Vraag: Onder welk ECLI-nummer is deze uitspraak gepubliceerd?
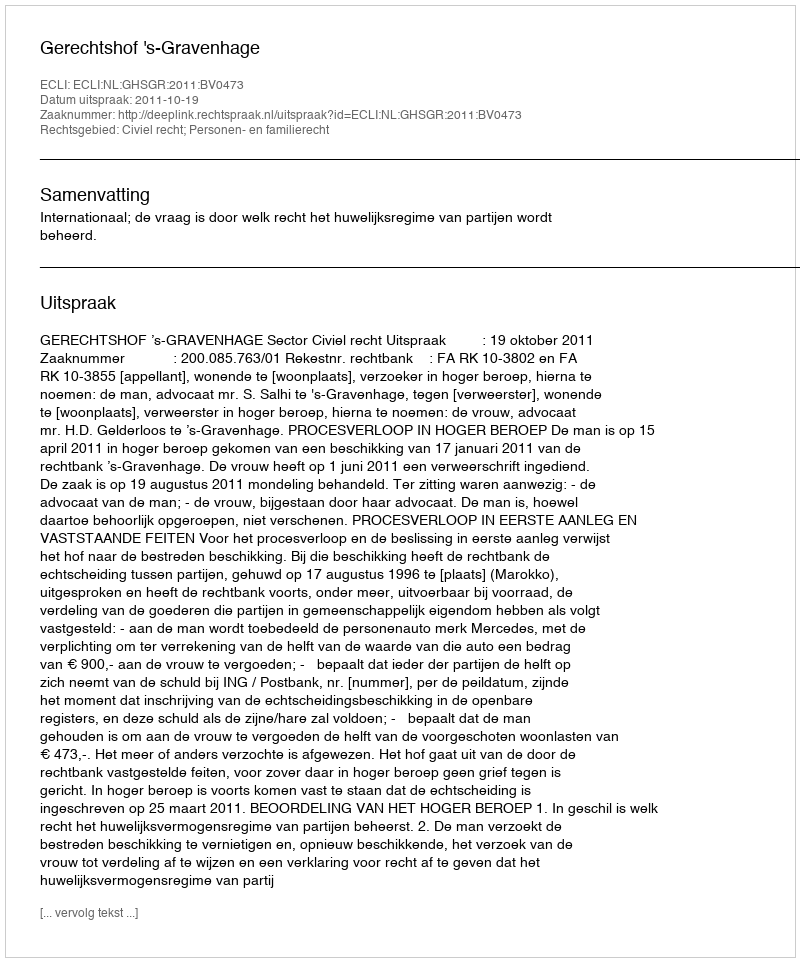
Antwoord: ECLI:NL:GHSGR:2011:BV0473